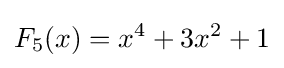
F_{5}(x)=x^{4}+3x^{2}+1